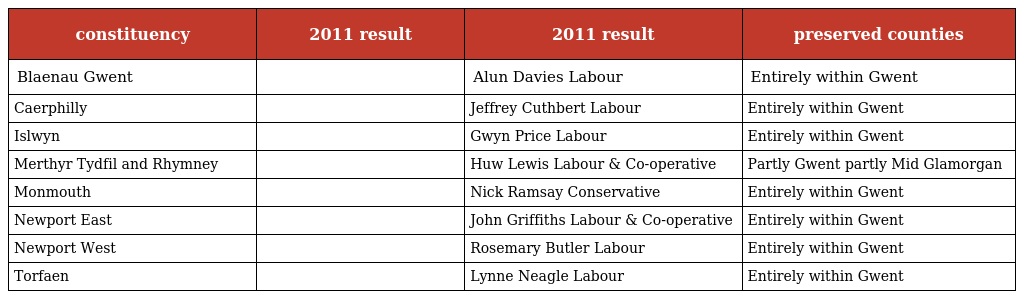
| constituency | 2011 result | 2011 result | preserved counties |
 | --- | --- | --- | --- |
 | Blaenau Gwent |  | Alun Davies Labour | Entirely within Gwent |
 | Caerphilly |  | Jeffrey Cuthbert Labour | Entirely within Gwent |
 | Islwyn |  | Gwyn Price Labour | Entirely within Gwent |
 | Merthyr Tydfil and Rhymney |  | Huw Lewis Labour & Co-operative | Partly Gwent partly Mid Glamorgan |
 | Monmouth |  | Nick Ramsay Conservative | Entirely within Gwent |
 | Newport East |  | John Griffiths Labour & Co-operative | Entirely within Gwent |
 | Newport West |  | Rosemary Butler Labour | Entirely within Gwent |
 | Torfaen |  | Lynne Neagle Labour | Entirely within Gwent |